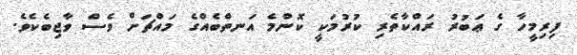
ފިރިމީހާ ގެ ޢަބުރު ރައްކާތެރި ކުރުމަކީ ކޮންމެ އަނތްބެއްގެ މައްޗަށް ވެސް ވާޖިބެކެވެ.